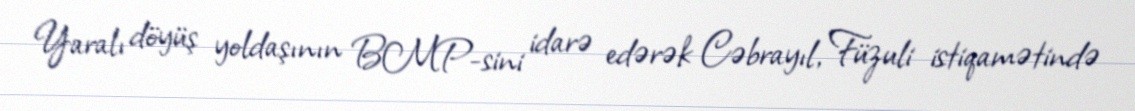
Yaralı döyüş yoldaşının BMP-sini idarə edərək Cəbrayıl, Füzuli istiqamətində